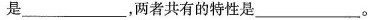
是________，两者共有的特性是___。